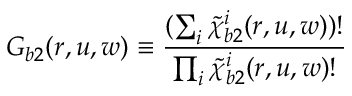
G _ { b 2 } ( r , u , w ) \equiv \frac { ( \sum _ { i } \widetilde { \chi } _ { b 2 } ^ { i } ( r , u , w ) ) ! } { \prod _ { i } \widetilde { \chi } _ { b 2 } ^ { i } ( r , u , w ) ! }